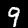
Label: 9